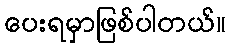
ပေးရမှာဖြစ်ပါတယ်။